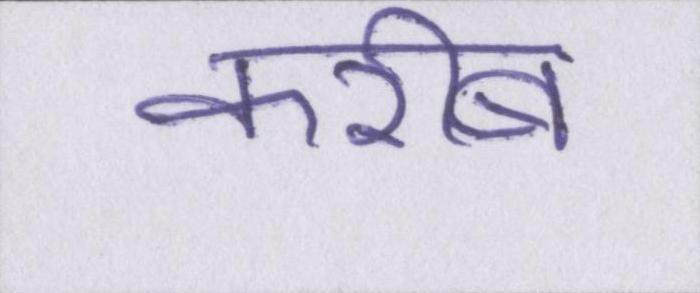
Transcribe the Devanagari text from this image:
करीब